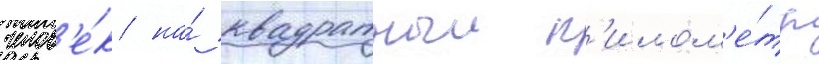
челов'е́к на́ квадратныи к'илом'е́тр